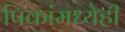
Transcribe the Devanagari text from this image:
पिकांमध्येही